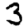
Digit: 3